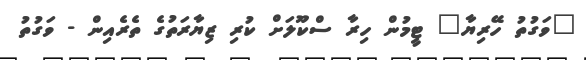
"ވަގުތު ހޭރިޔާ" ޓީމުން ހިރާ ސްކޫލަށް ކުރި ޒިޔާރަތުގެ ތެރެއިން - ވަގުތު